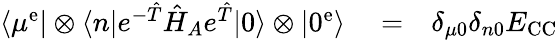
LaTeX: \begin{array}{rlr}{\langle\mu^{\mathrm{e}}|\otimes\langle n|e^{-\hat{T}}\hat{H}_{A}e^{\hat{T}}|0\rangle\otimes|0^{\mathrm{e}}\rangle}&{{}=}&{\delta_{\mu 0}\delta_{n0}E_{\mathrm{CC}}}\end{array}